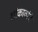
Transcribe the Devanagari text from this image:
शांकावांचे